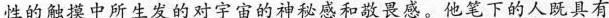
性的触摸中所生发的对宇宙的神秘感和敬畏感。他笔下的人的人既具有